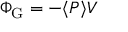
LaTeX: \Phi _ { \mathrm { { G } } } = - \langle P \rangle V